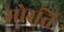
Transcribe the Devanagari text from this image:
मोरत्ति